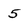
Character: 5